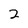
Character: 2